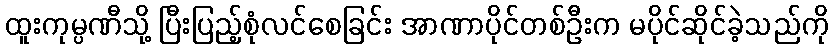
ထူးကုမ္ပဏီသို့ ပြီးပြည့်စုံလင်စေခြင်း အာဏာပိုင်တစ်ဦးက မပိုင်ဆိုင်ခဲ့သည်ကို